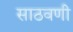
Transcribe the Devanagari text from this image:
साठवणी